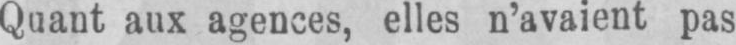
Quant aux agences, elles n’avaient pas